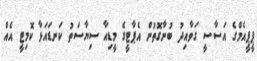
ޕީޕީއެމްގެ އަސާސީ ގަވާއިދު ބުނާގޮތުން އެޕާޓީގެ މީޑިއާ ސިޔާސަތު ކަނޑައަޅާ ކޮމިޓީ އެއް